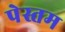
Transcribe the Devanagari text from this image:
पेस्तम